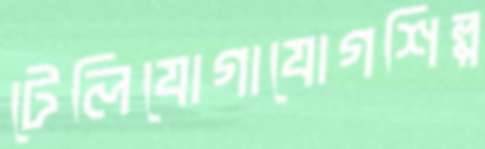
টেলিযোগাযোগশিল্প